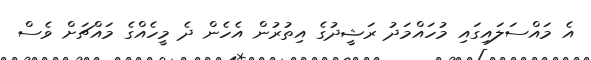
އެ މައްސަލައިގައި މުހައްމަދު ރަޝީދުގެ އިތުރުން އެހެން ދެ މީހެއްގެ މައްޗަށް ވެސް